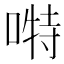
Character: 𭉪